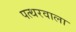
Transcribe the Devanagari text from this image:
पत्थरवाला